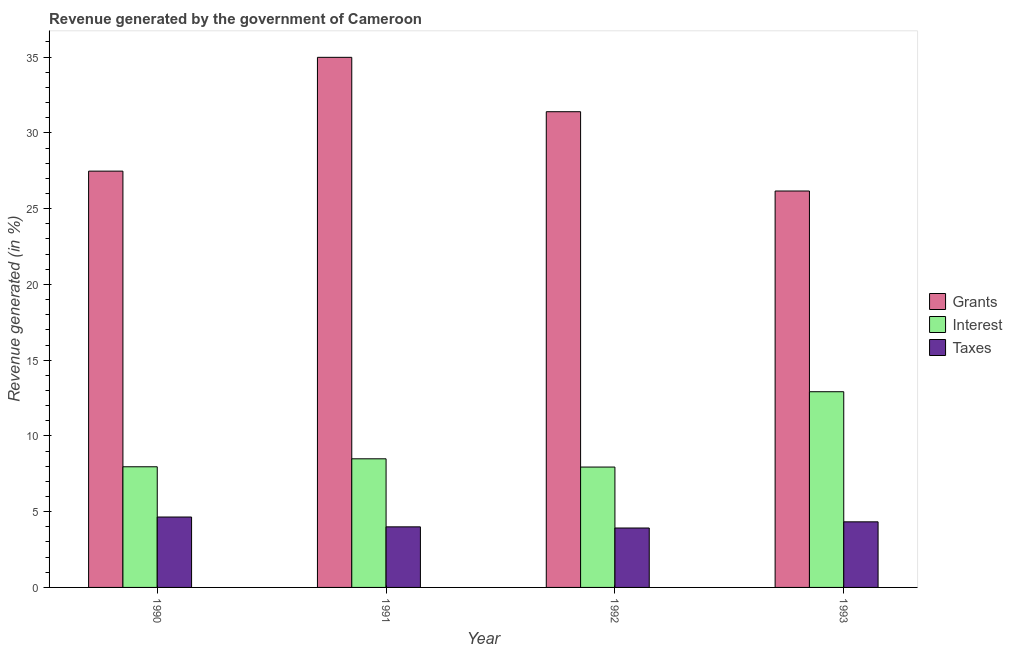
| Year | Grants | Interest | Taxes |
 | --- | --- | --- | --- |
 | 1990 | 27.5 | 7.96 | 4.65 |
 | 1991 | 35 | 8.49 | 4 |
 | 1992 | 31.4 | 7.94 | 3.92 |
 | 1993 | 26.2 | 12.9 | 4.33 |